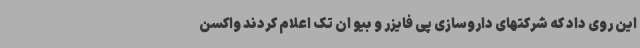
این روی داد که شرکتهای داروسازی پی فایزر و بیو ان تک اعلام کردند واکسن